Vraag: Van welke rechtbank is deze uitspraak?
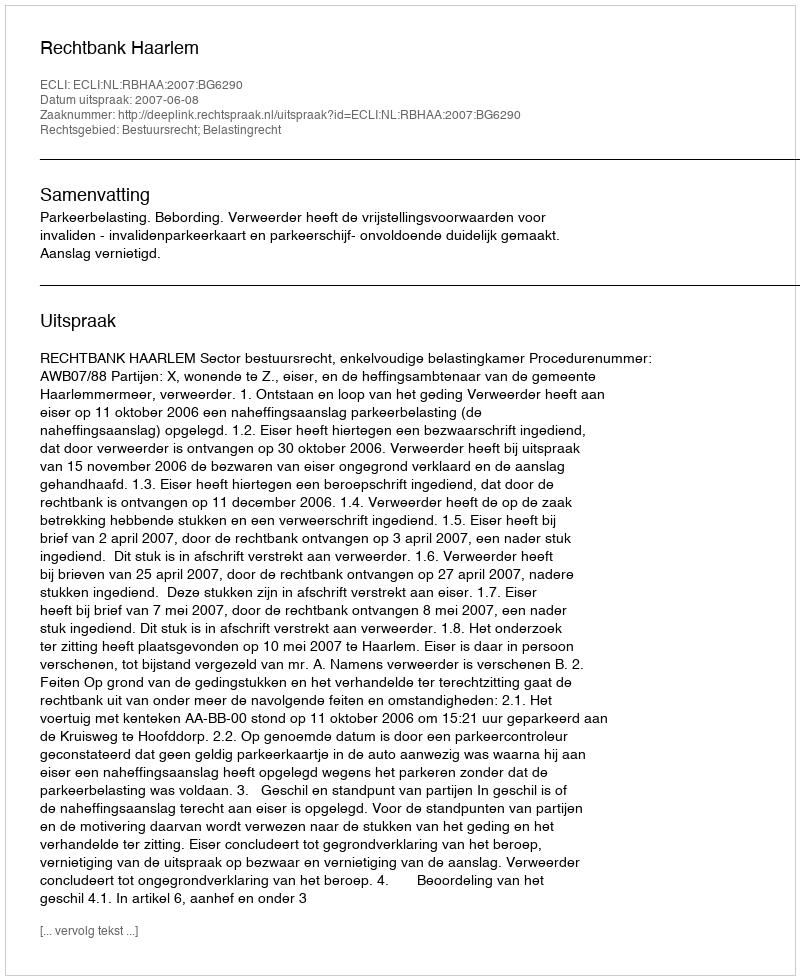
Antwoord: Rechtbank Haarlem